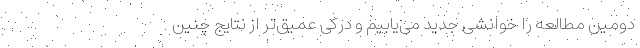
دومین مطالعه را خوانشی جدید می‌یابیم و درکی عمیق‌تر از نتایج چنین